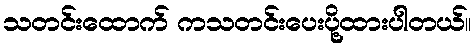
သတင်းထောက် ကသတင်းပေးပို့ထားပါတယ်။